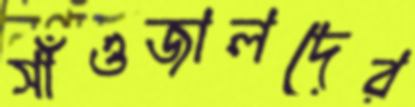
সাঁওজালদের